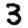
Digit: 3